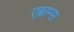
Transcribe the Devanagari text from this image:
एब्राम्‍स